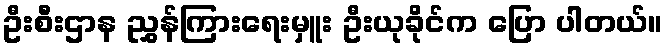
ဦးစီးဌာန ညွှန်ကြားရေးမှူး ဦးယုခိုင်က ပြော ပါတယ်။